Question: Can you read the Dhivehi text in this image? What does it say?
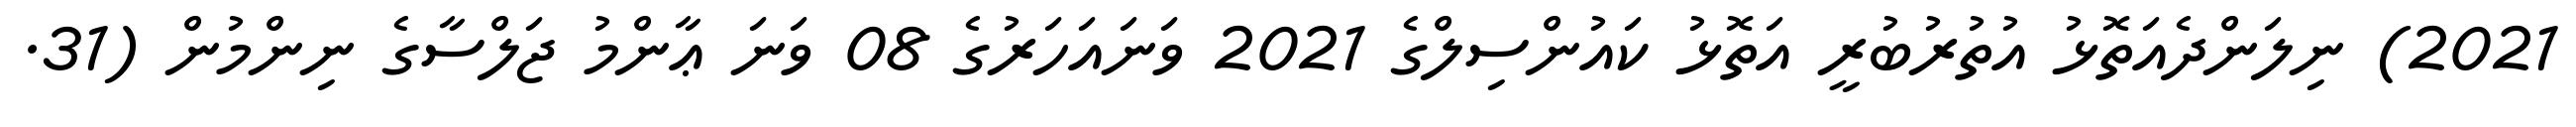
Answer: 2021) ނިލަންދެއަތޮޅު އުތުރުބުރީ އަތޮޅު ކައުންސިލްގެ 2021 ވަނައަހަރުގެ 08 ވަނަ ޢާންމު ޖަލްސާގެ ނިންމުން (31.